Vaccination North-Western Provinces and Oudh 1878-1895 - 1878-1895
Year: 1878
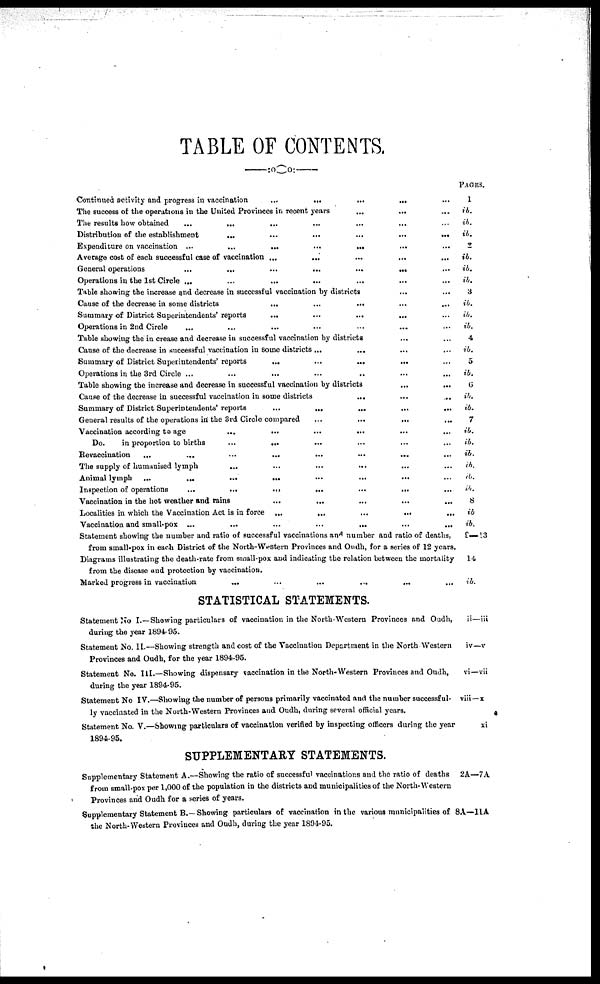
TABLE OF CONTENTS.
Continued activity and progress in vaccination
...
...
...
... ...
The success of the operations in the United Provinces in recent years
...
... ...
The results how obtained
...
...
... ... ... ... ...
Distribution of the establishment
...
...
...
...
...
...
Expenditure on vaccination ...
...
...
...
... ... ...
Average cost of each successful case of vaccination ...
...
...
...
...
General operations
...
...
...
...
...
... ...
Operations in the 1st Circle ... ... ... ... ... ... ...
Table showing the increase and decrease in successful vaccination by districts ... ...
Cause of the decrease in some districts
...
...
... ... ...
Summary of District Superintendents' reports
...
...
... ... ...
Operations in 2nd Circle ... ... ... ... ... ... ...
Table showing the in crease and decrease in successful vaccination by districts
... ...
Cause of the decrease in successful vaccination in some districts ...
... ... ...
Summary of District Superintendents' reports
... ... ... ... ...
Operations in the 3rd Circle ...
...
...
...
...
...
...
Table showing the increase and decrease in successful vaccination by districts
...
...
Cause of the decrease in successful vaccination in some districts ... ... ...
Summary of District Superintendents' reports
...
...
...
...
...
General results of the operations in the 3rd Circle compared
...
...
...
...
Vaccination according to age
...
...
...
... ... ...
Do.
in proportion to births
...
... ... ... ... ...
Revaccination
...
...
...
... ... ... ... ...
The supply of humanised lymph
...
...
...
...
... ...
Animal lymph
...
...
...
...
...
... ... ...
Inspection of operations
...
...
...
...
...
...
...
Vaccination in the hot weather and rains
...
...
...
...
...
Localities in which the Vaccination Act is in force
...
...
...
...
...
Vaccination and small-pox ...
...
...
...
...
...
...
Statement showing the number and ratio of successful vaccinations and number and ratio of deaths,
from small-pox in each District of the North-Western Provinces and Oudh, for a series of 12 years.
Diagrams illustrating the death-rate from small-pox and indicating the relation between the mortality
from the disease and protection by vaccination.
Marked progress in vaccination
...
...
...
...
... ...
STATISTICAL STATEMENTS.
Statement No I.—Showing particulars of vaccination in the North-Western Provinces and Oudh,
during the year 1894- 95.
Statement No. II.—Showing strength and cost of the Vaccination Department in the North Western
Provinces and Oudh, for the year 1894-95.
Statement No. III.—Showing dispensary vaccination in the North-Western Provinces and Oudh,
during the year 1894-95.
Statement No IV.—Showing the number of persons primarily vaccinated and the number successful-
ly vaccinated in the North-Western Provinces and Oudh, during several official years.
Statement No. V.—Showing particulars of vaccination verified by inspecting officers during the year
1894-95.
SUPPLEMENTARY STATEMENTS.
Supplementary Statement A.—Showing the ratio of successful vaccinations and the ratio of deaths
from small-pox per 1,000 of the population in the districts and municipalities of the North-Western
Provinces and Oudh for a series of years.
Supplementary Statement B.— Showing particulars of vaccination in the various municipalities of
the North-Western Provinces and Oudh, during the year 1894-95.
PAGES.
1
ib.
ib.
ib
2
ib.
ib.
ib.
3
ib.
ib.
ib.
4
ib.
5
ib.
6
ib.
ib.
7
ib.
ib.
ib.
ib.
ib.
ib.
8
ib
ib.
8—13
14
ib.
ii—iii
iv—v
vi—vii
viii —x
xi
2A—7A
8A—11A